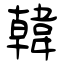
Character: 韓